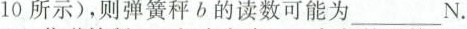
10所示)，则弹簧秤b的读数可能为___N。